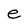
Character: e